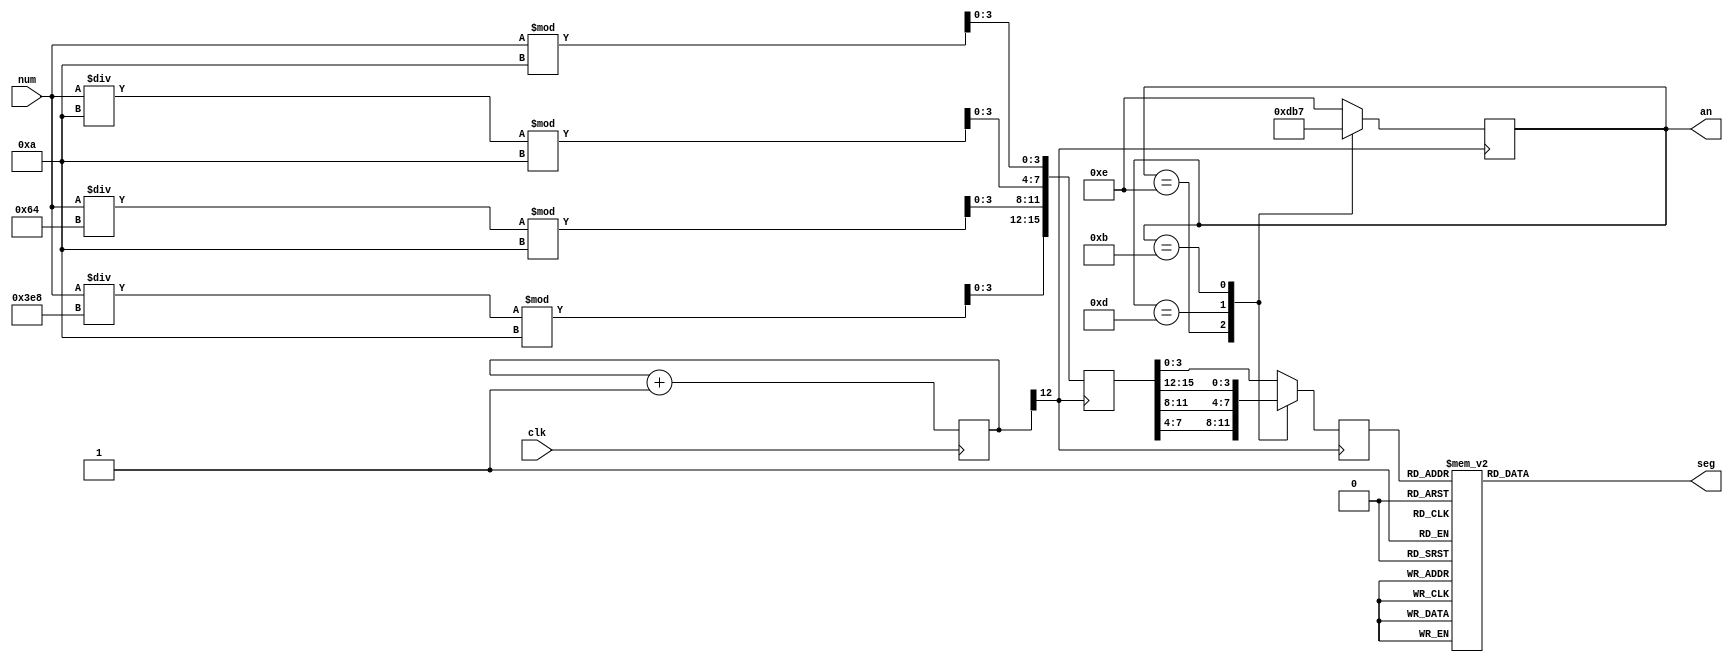
`timescale 1ns / 1ps

module tetris_seg(clk, num, seg, an);
	input clk;
	input [12:0] num;
	output reg [7:0] seg;
	output reg [3:0] an;
	
	reg [12:0] divider;
	wire scan_clk = divider[12];
	
	reg [15:0] bcd;
	reg [3:0] dec_bcd;
	
	always @(posedge clk)
		divider <= divider + 1'b1;
	
	always @(posedge scan_clk) begin
		bcd[3:0] <= num % 10;
		bcd[7:4] <= (num / 10) % 10;
		bcd[11:8] <= (num / 100) % 10;
		bcd[15:12] <= (num / 1000) % 10;
	end
	
	always @(posedge scan_clk) begin
		case (an)
			4'b1110: begin
				an <= 4'b1101;
				dec_bcd <= bcd[7:4];
			end
			4'b1101: begin
				an <= 4'b1011;
				dec_bcd <= bcd[11:8];
			end
			4'b1011: begin
				an <= 4'b0111;
				dec_bcd <= bcd[15:12];
			end
			default: begin
				an <= 4'b1110;
				dec_bcd <= bcd[3:0];
			end
		endcase
	end
	
	always @(dec_bcd) begin
		case (dec_bcd)
			4'h0 : seg = {1'b1,7'b1000000};
			4'h1 : seg = {1'b1,7'b1111001};
			4'h2 : seg = {1'b1,7'b0100100};
			4'h3 : seg = {1'b1,7'b0110000};
			4'h4 : seg = {1'b1,7'b0011001};
			4'h5 : seg = {1'b1,7'b0010010};
			4'h6 : seg = {1'b1,7'b0000010};
			4'h7 : seg = {1'b1,7'b1111000};
			4'h8 : seg = {1'b1,7'b0000000};
			4'h9 : seg = {1'b1,7'b0010000};
			default : seg = {1'b1,7'b1111111};
		endcase
	end
endmodule